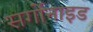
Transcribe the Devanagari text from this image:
सर्गोनाइड